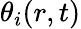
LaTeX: \theta_{i}(r,t)